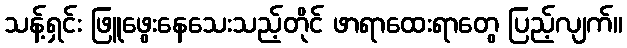
သန့်ရှင်း ဖြူဖွေးနေသေးသည့်တိုင် ဖာရာထေးရာတွေ ပြည့်လျက်။